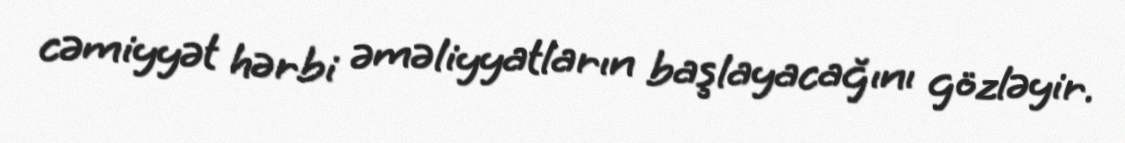
cəmiyyət hərbi əməliyyatların başlayacağını gözləyir.